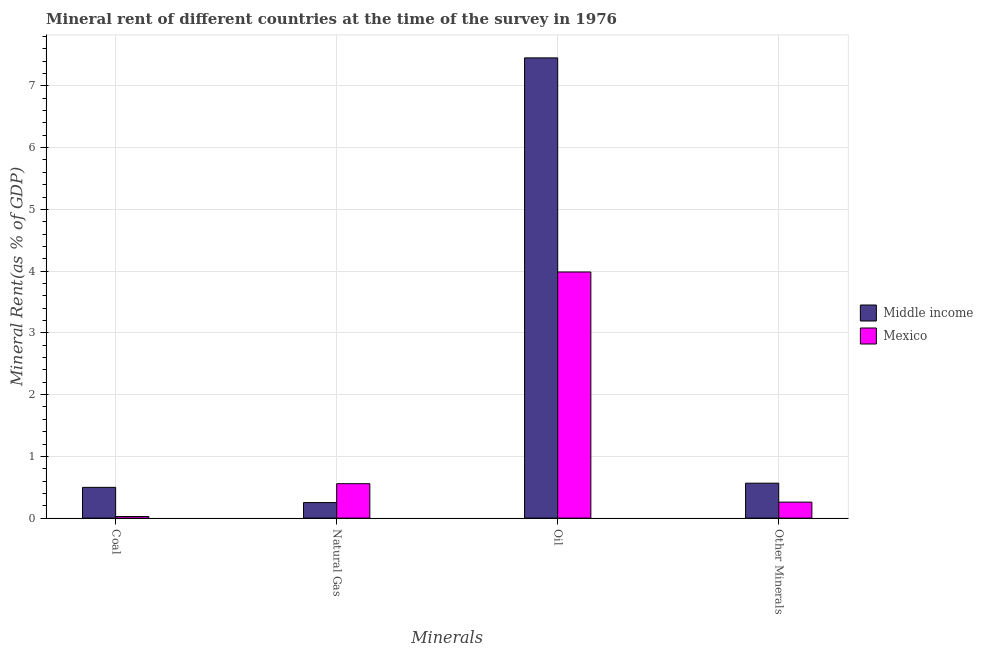
| Minerals | Middle income | Mexico |
 | --- | --- | --- |
 | Coal | 0.498 | 0.0257 |
 | Natural Gas | 0.252 | 0.557 |
 | Oil | 7.45 | 3.99 |
 | Other Minerals | 0.566 | 0.259 |